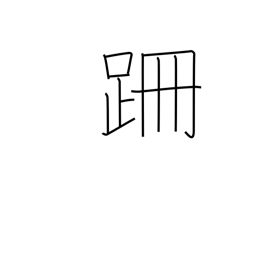
Meaning: stumble